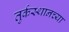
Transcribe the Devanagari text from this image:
तुर्कस्थानच्या